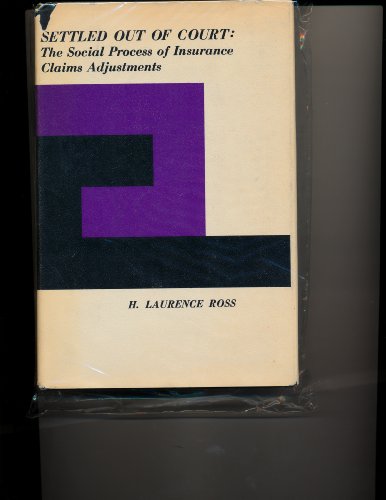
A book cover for Settled Out of Court: Social Process of Insurance Claims Adjustment (Law in action); Laurence H. Ross; Business & Money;